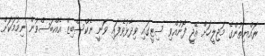
ރައްޔިތުންގެ މަޖިލީހަށް އޭޖީ ފޮނުއްވި ސިޓީގައި ވިދާޅުވެފައި ވަނީ ނެކްސްބިޒް އެއްބަސްވުން ނިމުމަކަށް